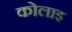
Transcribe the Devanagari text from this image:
कोलाइ